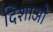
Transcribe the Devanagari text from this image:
दिशाआें